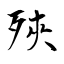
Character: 殎